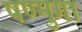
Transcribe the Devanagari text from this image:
षण्मुगा